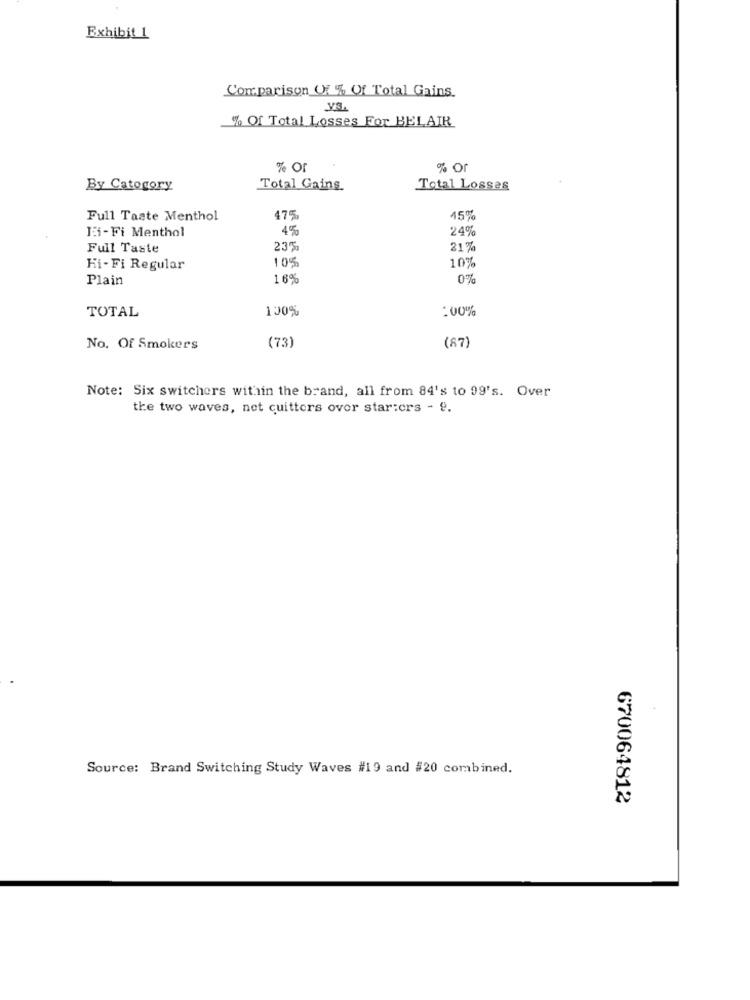
Exhibit 1
Comparison OF % Of Total Gains.
V3.
% Of Total Losses For BELAIR
% Or
% or
By Catogory
Total Gaing
Total Losses
Full Taste Menthol
47%
459%
Hi-Fi Menthol
4%
24%
Full Taste
23%
21%
10%
10%
Hi- Fi Regular
Plain
16%
0%
100%
:00%
TOTAL
No. Of Smokers
(73)
(87)
Note: Six switchers within the brand, all from 84's to 99's. Over
the two waves, net cuitters over starters - 9.
Source: Brand Switching Study Waves #19 and #20 combined.
670064812